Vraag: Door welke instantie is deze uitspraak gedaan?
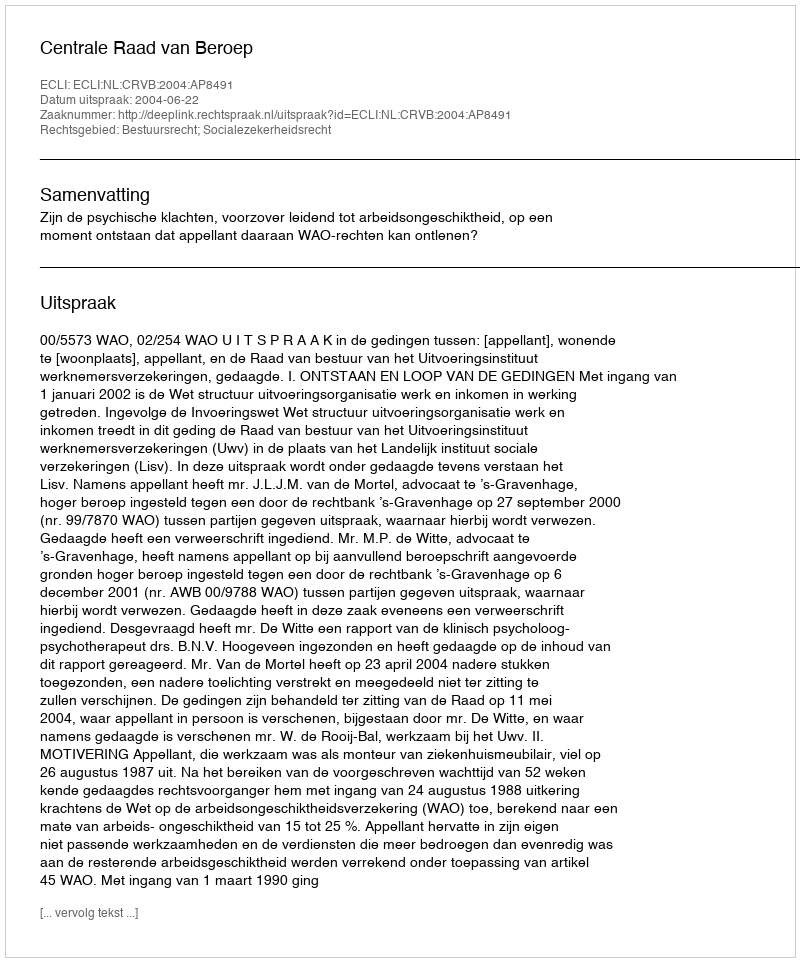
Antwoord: Centrale Raad van Beroep